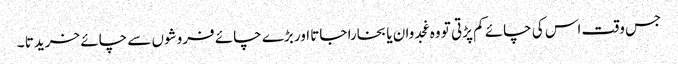
جس وقت اس کی چائے کم پڑتی تو وہ غجدوان یا بخارا جاتا اور بڑے چائے فروشوں سے چائے خریدتا ۔